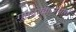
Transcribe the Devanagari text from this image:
गुप्तदरवाजेमार्गे